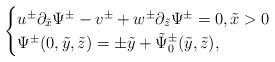
LaTeX: \begin{align*}\begin{cases} u^{\pm} \partial_{\tilde x} \Psi^{\pm} -v^{\pm} +w^{\pm} \partial_{\tilde z}\Psi^{\pm}=0,\tilde x>0\\\Psi^\pm(0, \tilde y, \tilde z)=\pm \tilde y+\tilde{\Psi}^\pm_0(\tilde y,\tilde z),\end{cases}\end{align*}